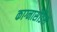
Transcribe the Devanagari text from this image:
काग्नासेंडिस